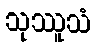
သုဿူသံ